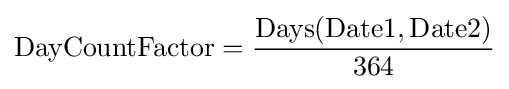
\mathrm {DayCountFactor} ={\frac {\mathrm {Days} (\mathrm {Date1} ,\mathrm {Date2} )}{364}}